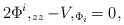
\begin{align*}2 \Phi ^i ,_{zz} - V,_{\Phi _i} =0,\end{align*}